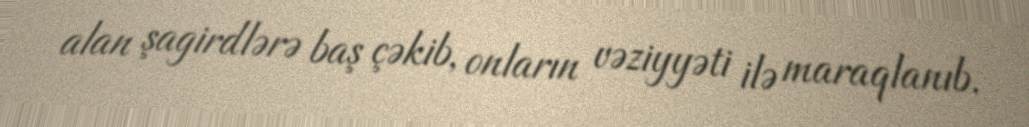
alan şagirdlərə baş çəkib, onların vəziyyəti ilə maraqlanıb.